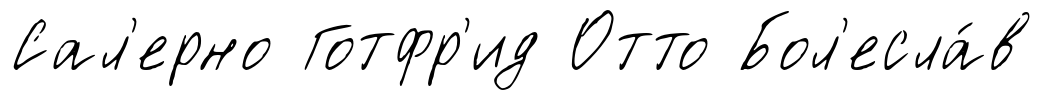
Сал'ерно Готфр'ид Отто Бол'есла́в